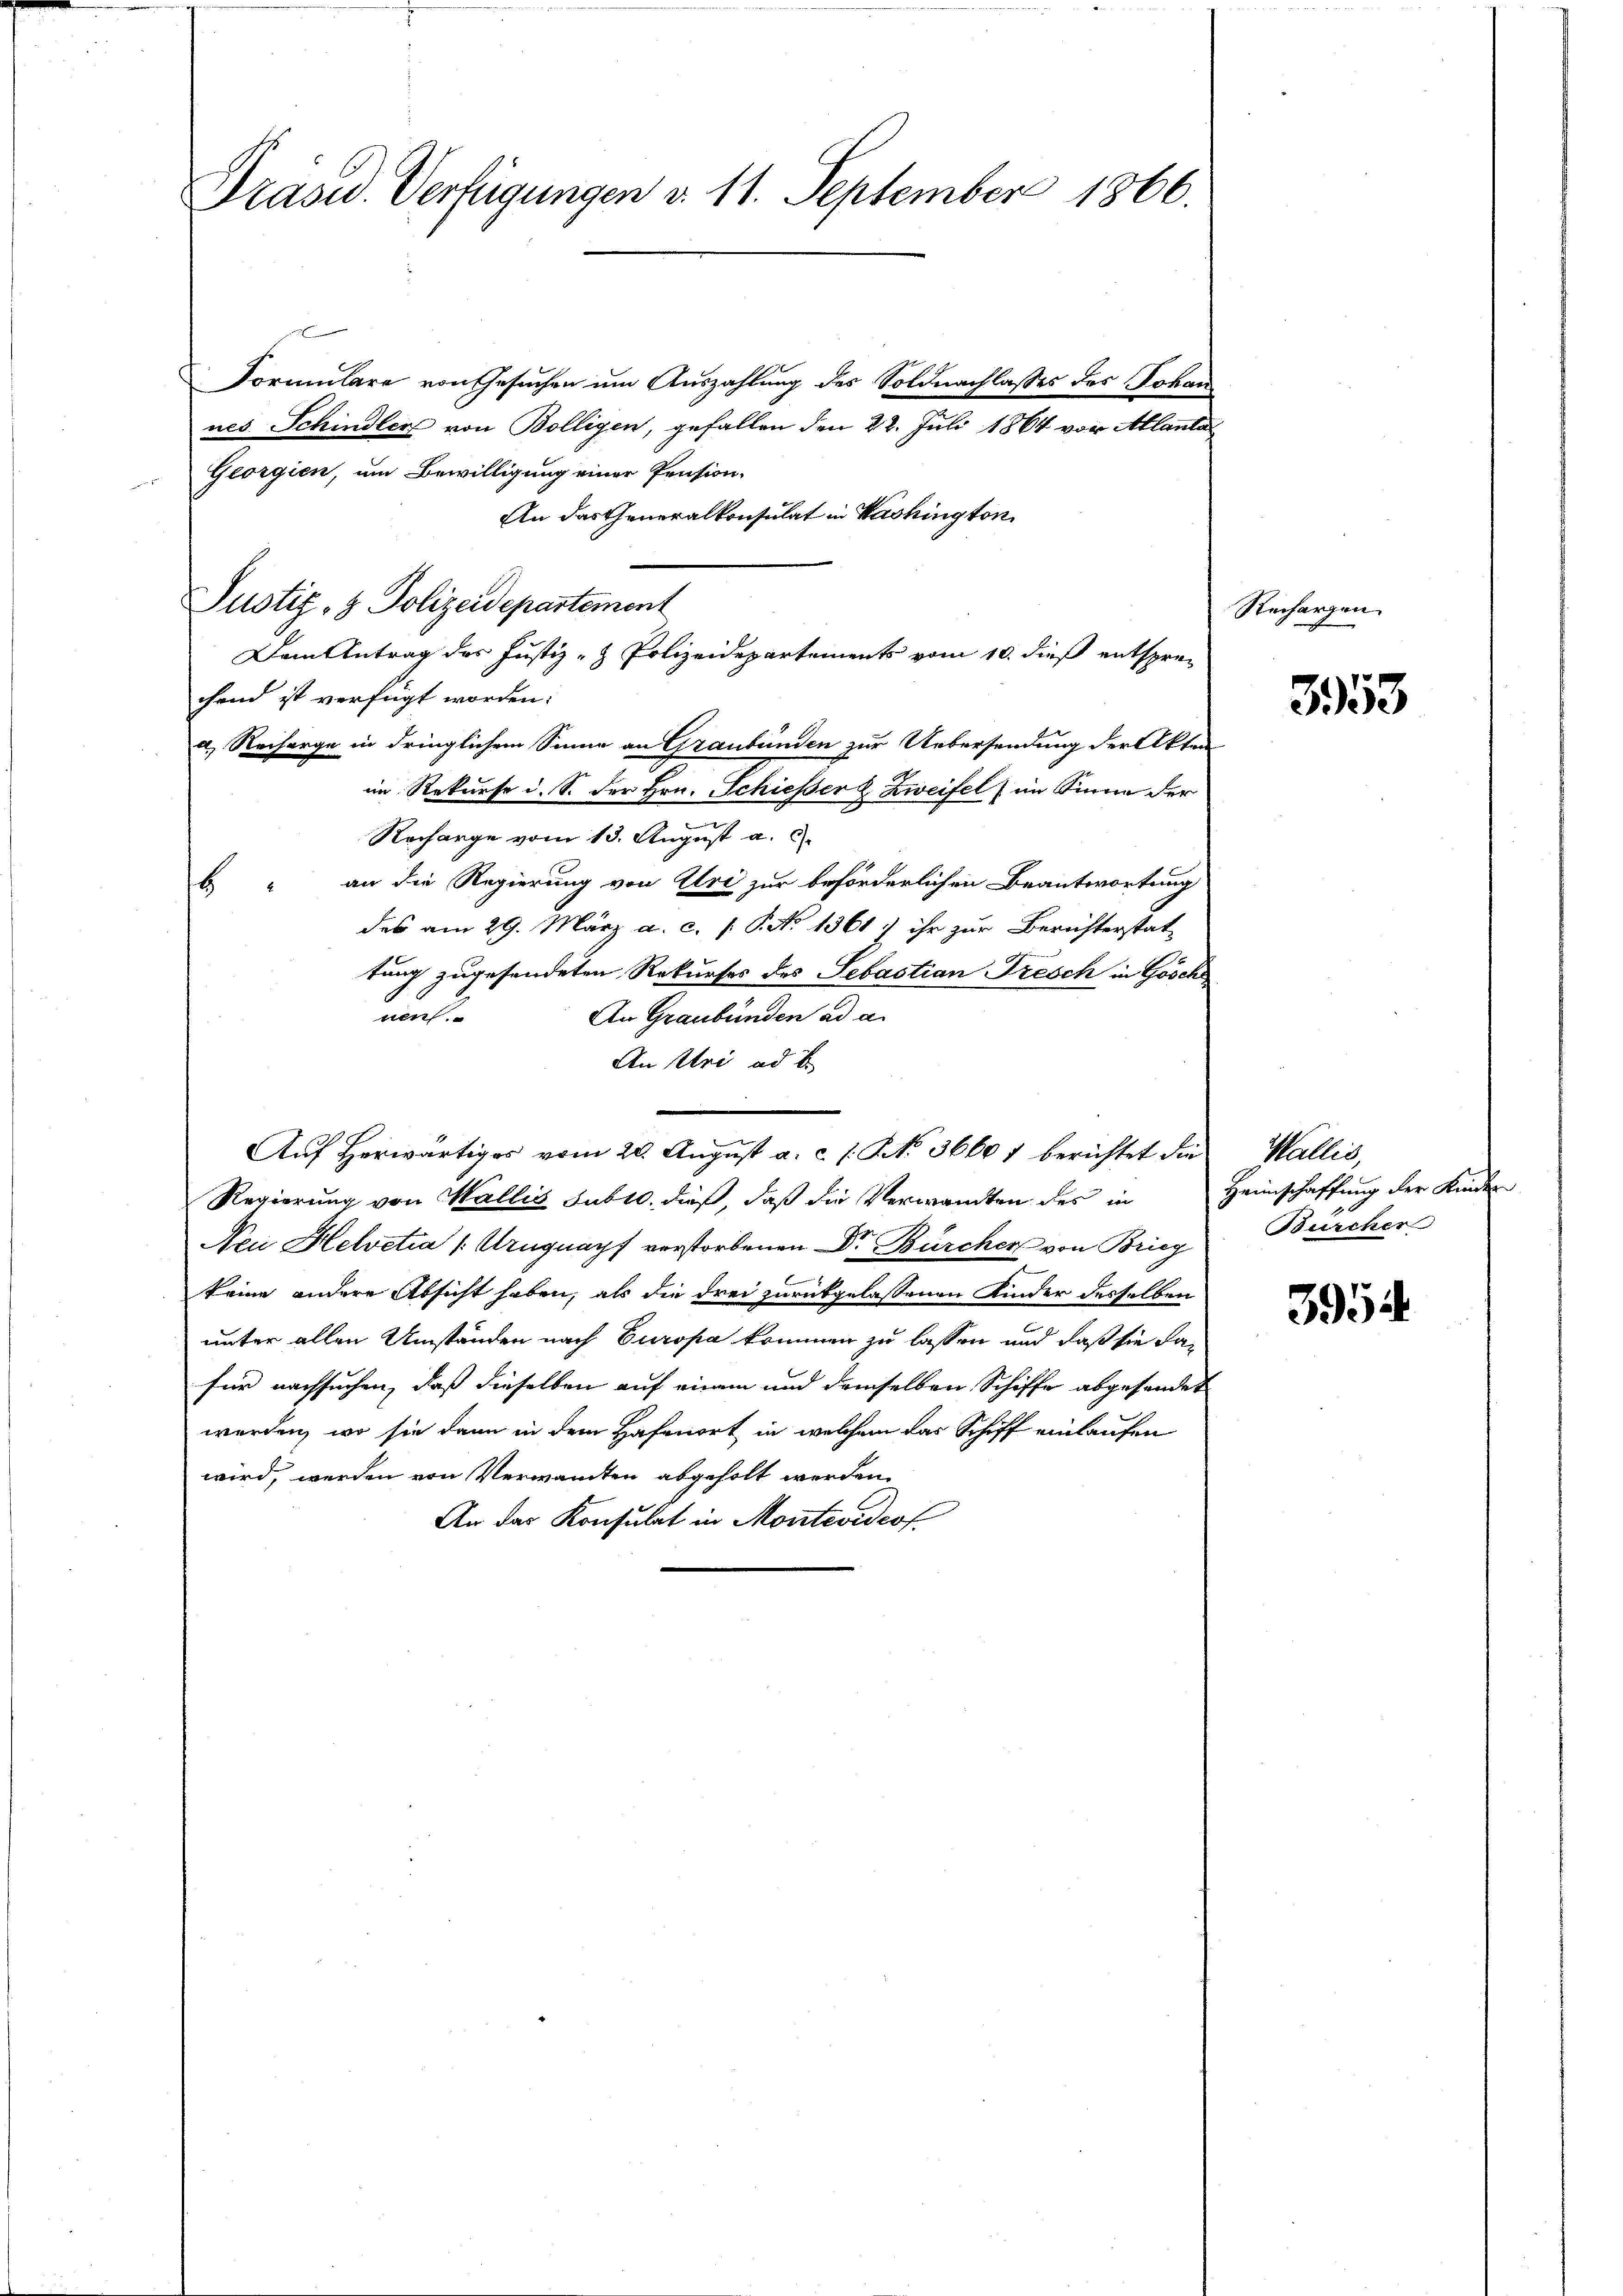
Prasid. Verfügungen d. 11. September 1866.

Formulare von Gesuchen um Auszahlung des Soldnachlasses des Johan
nes Schindler von Bolligen, gefallen den 22. Juli 1864 vor Allanta
Georgien, um Bewilligung einer Pension.
An das Generalkonsulat in Washington
Justiz- & Polizeidepartement
Dem Antrag des Justiz- & Polizeidepartements vom 10. dieß entsprechend ist verfügt worden:
a) Reiserge in dringlichem Sinne an Graubünden zur Uebersendung der Akten
im Rekurse d. S. der Hrn. Schießer & Zweifel im Sinne der
Rocharge vom 13. August a. c.
b. " an die Regierung von Uri zur beförderlichen Beantwortung
des am 29. März a. c. P. P. No 1361) ihr zur Berichterstat-
tung zugesendeten Rekurses des Sebastian Fresch in Gösch
nen
An Graubünden ad a.
An Uri ad 1
Auf herwärtiges vom 20. August a. c. s. No. 36601 berichtet die
Regierung von Wallis subro, dieß, daß die Verwandten des in
Nei Helvetia (Urngnapf verstorbenen Dr Bürcher von Brieg
6
keine andere Absicht haben, als die drei zurückgelassenen Kinder desselben
unter allen Umständen nach Europa kommen zu lassen und daß sie dafür nachsuchen, daß dieselben auf einem und demselben Schiffe abgesendet
werden, wo sie dann in dem Hafenort in welchem das Schiff einlaufen
wird, werden von Verwandten abgeholt werden.
An das Konsulat in Montevideof

Rechargen

3953

Wallis,
Heimschaffung der Kinder
Bürcher

3954